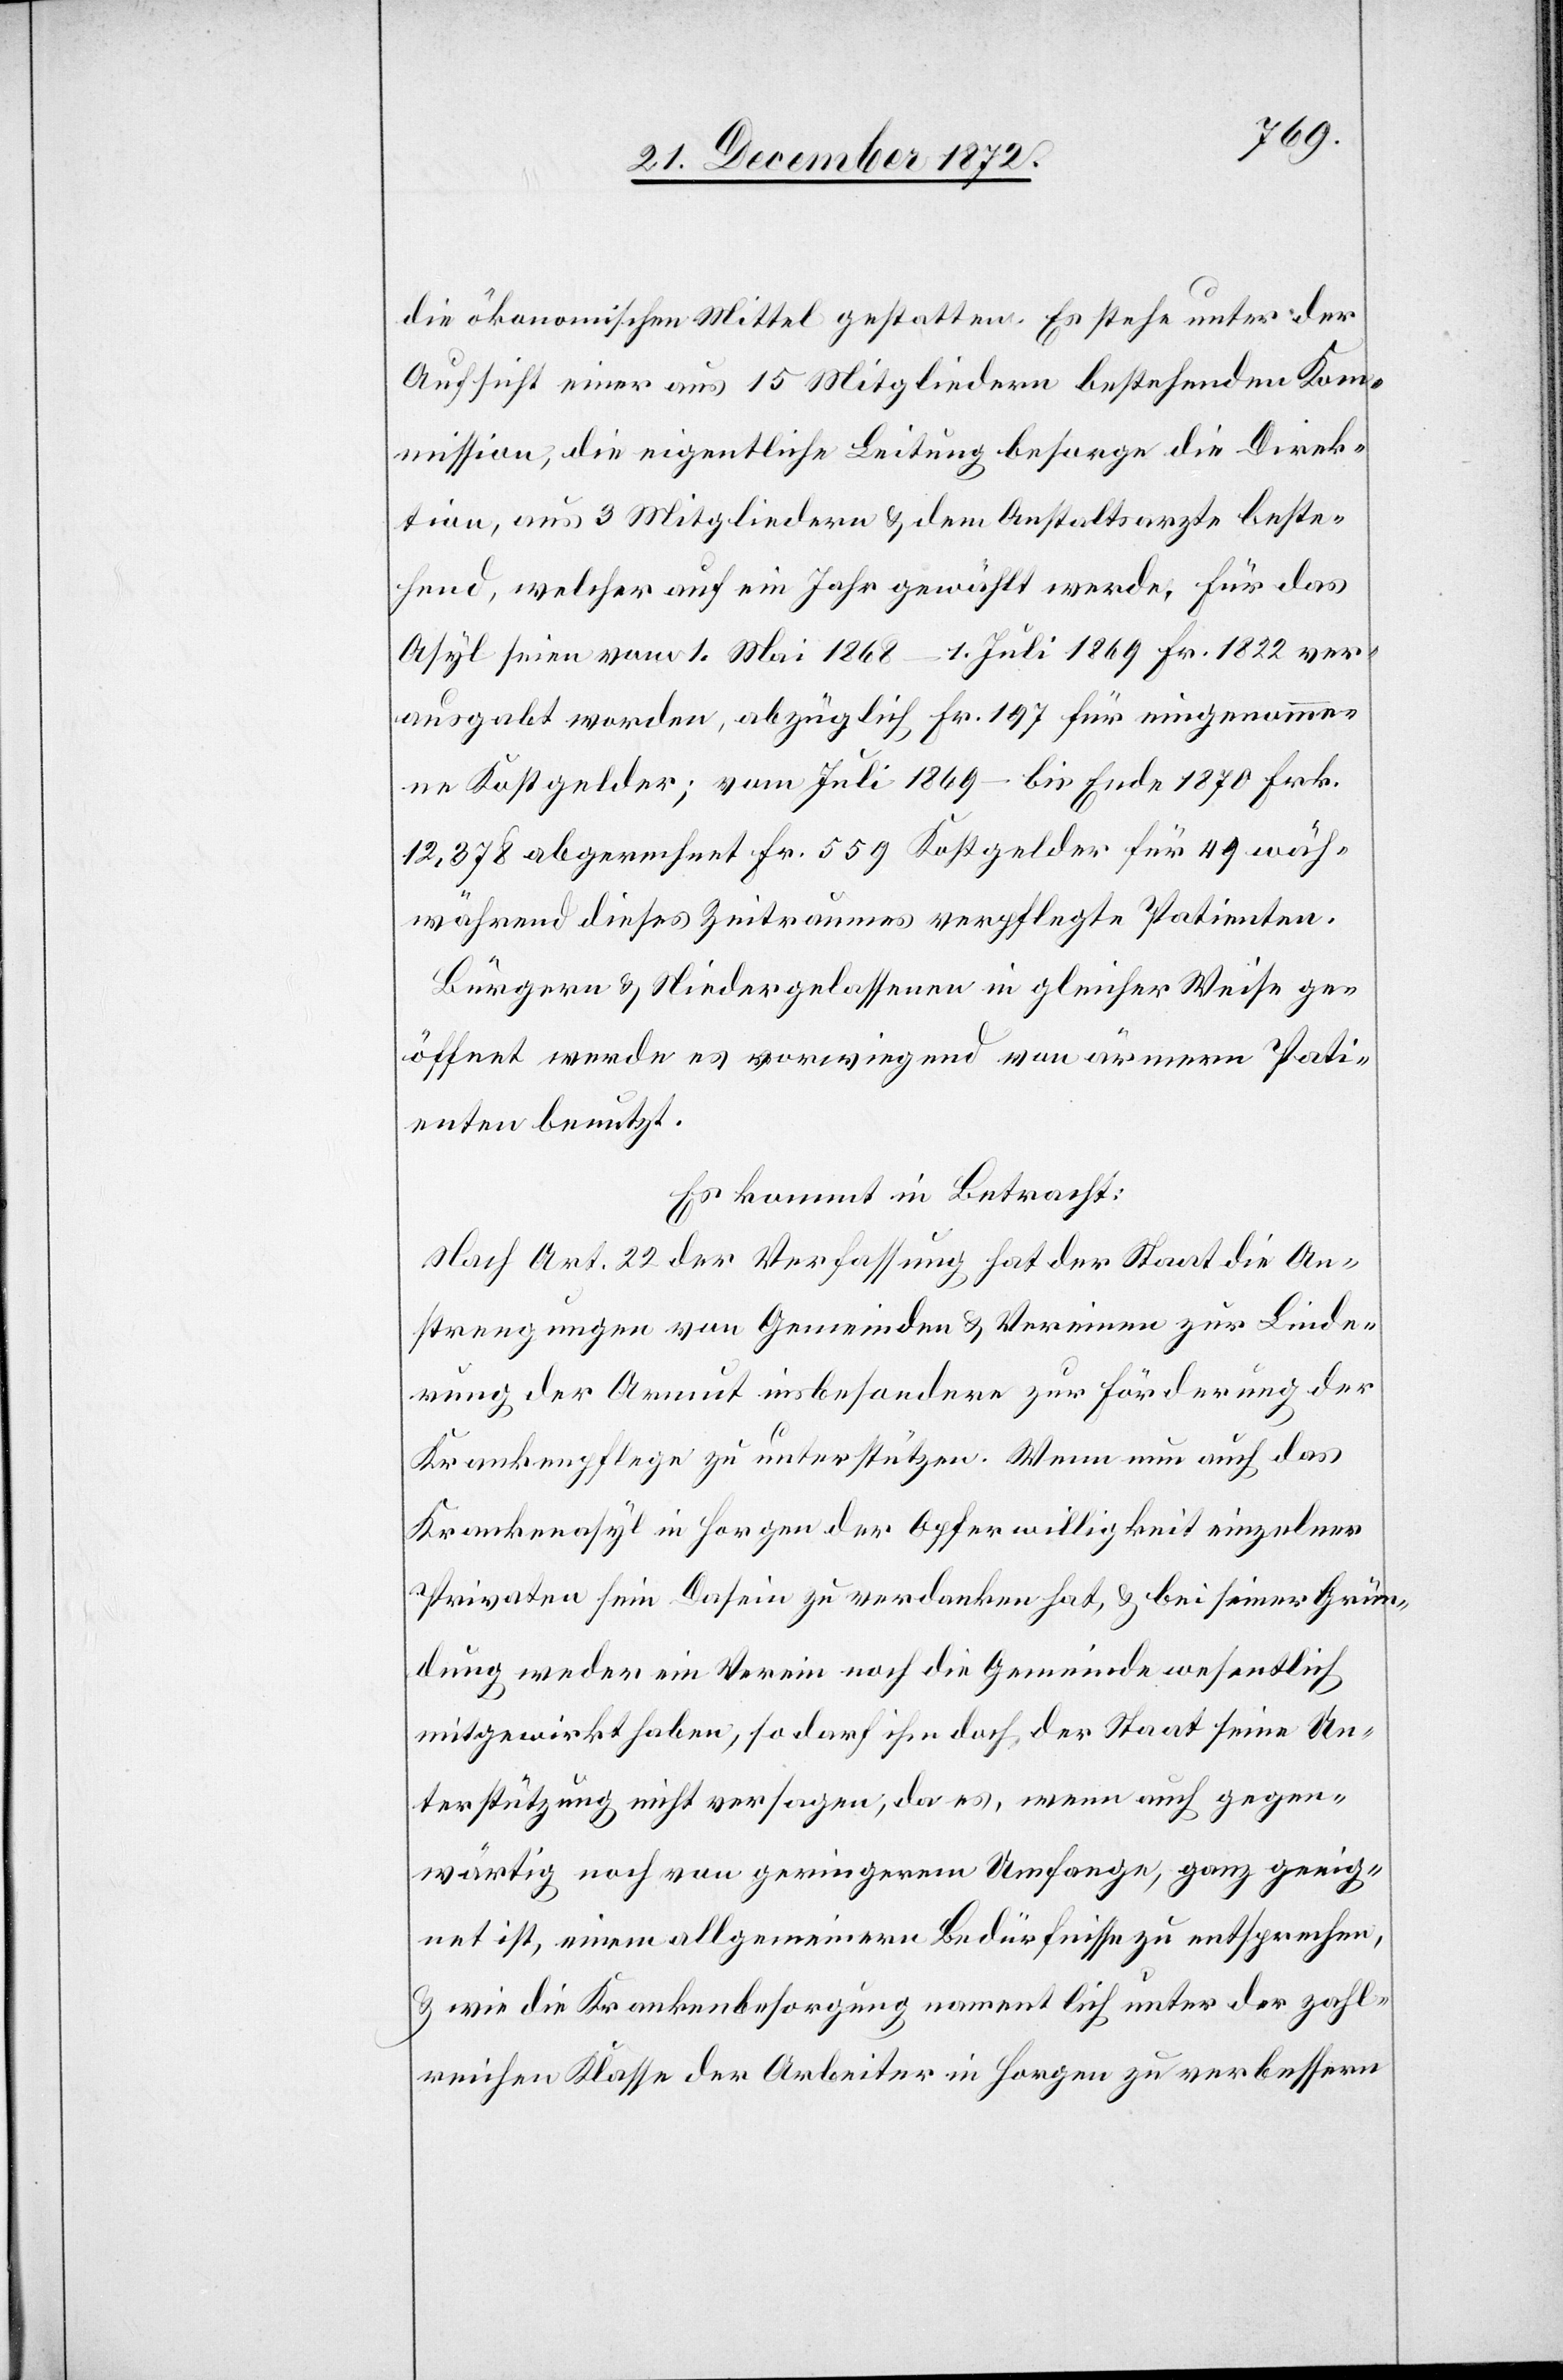
die ökonomischen Mittel gestatten. Es stehe unter der
Aufsicht einer aus 15 Mitgliedern bestehenden Kom¬
mission, die eigentliche Leitung besorge die Direk¬
tion, aus 3 Mitgliedern u. den Anstaltsarzte beste¬
hend, welcher auf ein Jahr gewählt werde, für das
Asyl seien vom 1. Mai 1868–1. Juli 1869 Fr. 1822 ver¬
ausgabt worden, abzüglich Fr. 197 für eingenomme¬
ne Kostgelder; vom Juli 1869 – bis Ende 1870 Frk.
12,378 abgerechnet Fr. 559 Kostgelder für 49 wäh-
während [sic!] dieses Zeitraumes verpflegte Patienten.
Bürgern u. Niedergelassenen in gleicher Weise ge¬
öffnet werde es vorwiegend von ärmern Pati¬
enten benutzt.
Es kommt in Betracht:
Nach Art. 22 der Verfassung hat der Staat die An¬
strengungen von Gemeinden u. Vereinen zur Linde¬
rung der Armut insbesondere zur Förderung der
Krankenpflege zu unterstützen. Wenn nun auch das
Krankenasyl in Horgen der Opferwilligkeit einzelner
Privaten sein Dasein zu verdanken hat, u. bei seiner Grün¬
dung weder ein Verein noch die Gemeinde wesentlich
mitgewirkt haben, so darf ihm doch der Staat seine Un¬
terstützung nicht versagen, da es, wenn auch gegen¬
wärtig noch von geringerem Umfange, ganz geeig¬
net ist, einem allgemeinern Bedürfnisse zu entsprechen,
u. wie die Krankenbesorgung namentlich unter der zahl¬
reichen Klasse der Arbeiter in Horgen zu verbessern